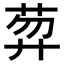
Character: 𦲇